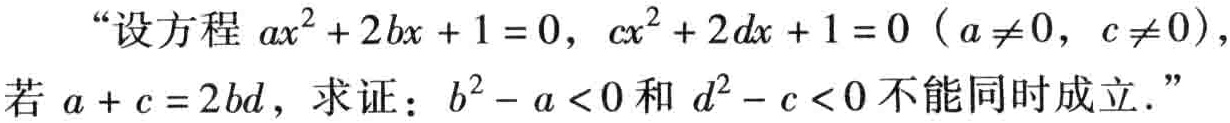
“设方程 \(ax^{2}+2bx + 1 = 0\)，\(cx^{2}+2dx + 1 = 0\)（\(a\neq0\)，\(c\neq0\)），若 \(a + c = 2bd\)，求证：\(b^{2}-a\lt0\)和 \(d^{2}-c\lt0\)不能同时成立.”